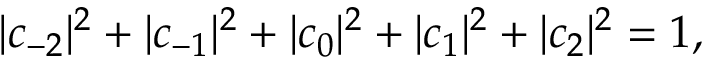
| c _ { - 2 } | ^ { 2 } + | c _ { - 1 } | ^ { 2 } + | c _ { 0 } | ^ { 2 } + | c _ { 1 } | ^ { 2 } + | c _ { 2 } | ^ { 2 } = 1 ,